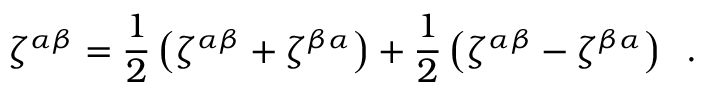
\zeta ^ { \alpha \beta } = { \frac { 1 } { 2 } } \left( \zeta ^ { \alpha \beta } + \zeta ^ { \beta \alpha } \right) + { \frac { 1 } { 2 } } \left( \zeta ^ { \alpha \beta } - \zeta ^ { \beta \alpha } \right) \; \; .